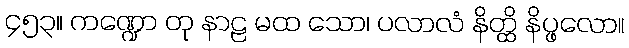
၄၅၃။ ကဏ္ဍော တု နာဠ မထ သော၊ ပလာလံ နိတ္ထိ နိပ္ဖလော။